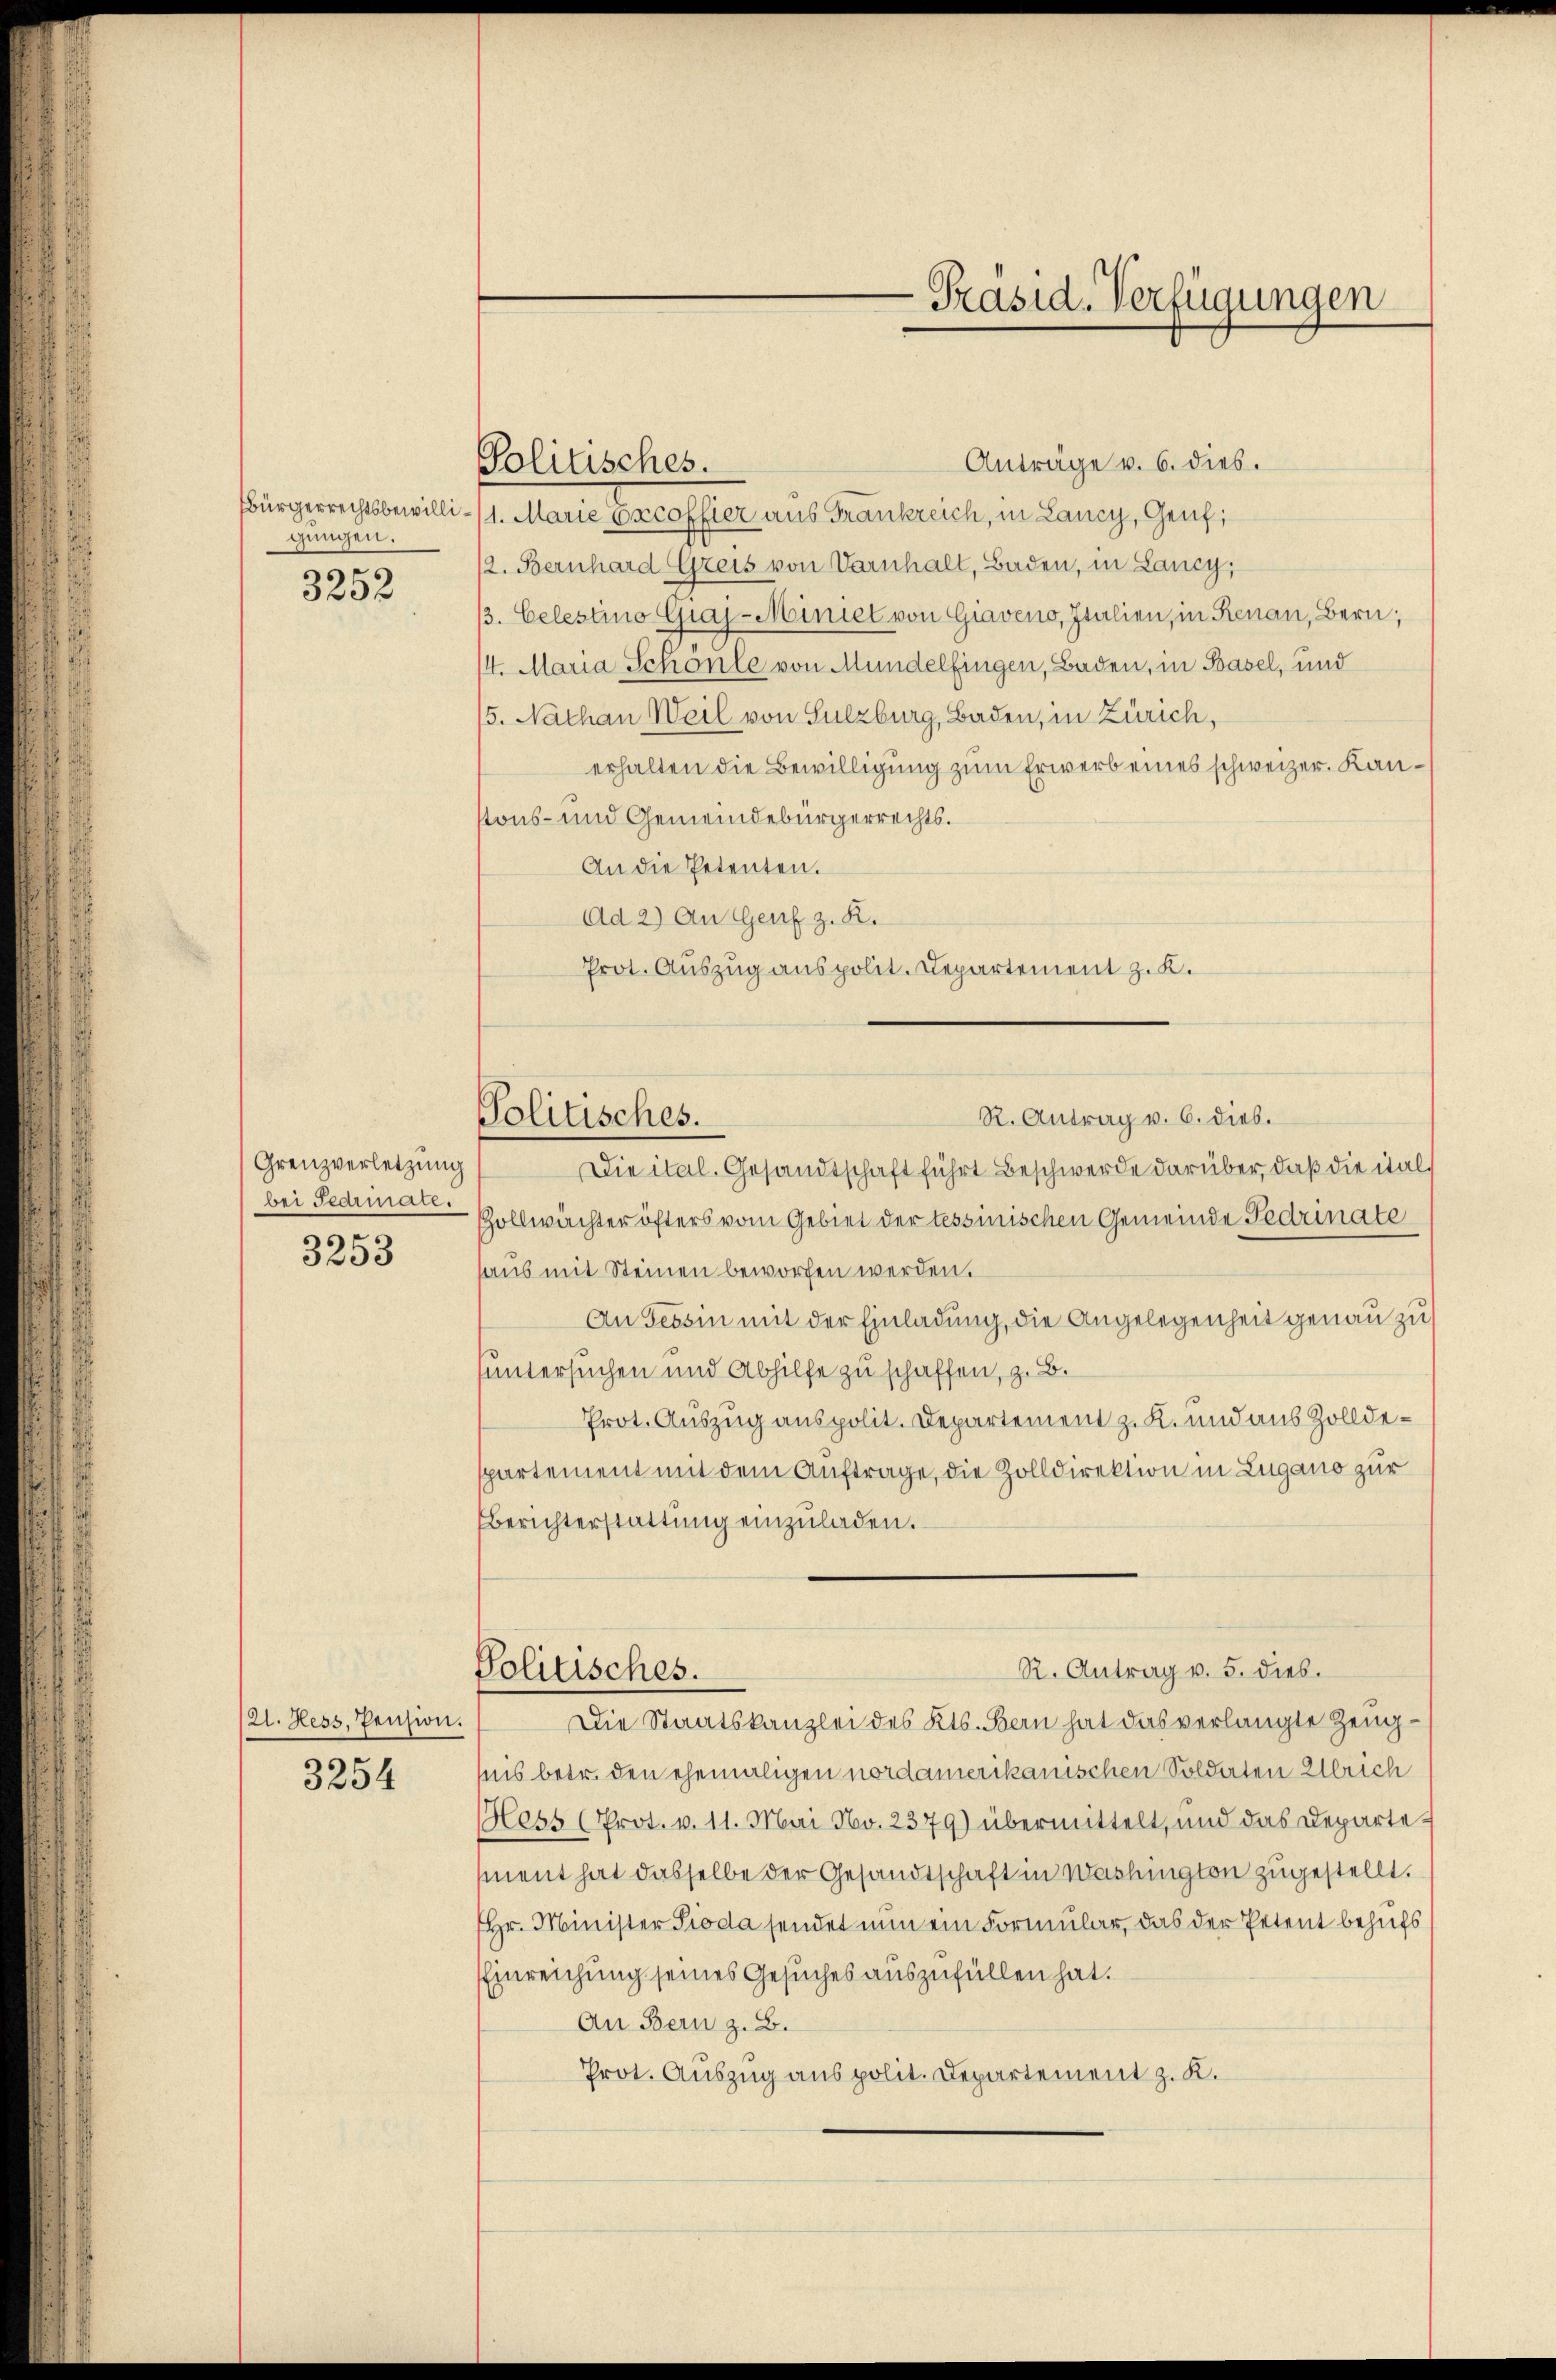
gungen.
ger

3200

Grenzverletzung
3253

(21. Hess, Pension.

3254

Politisches.

Anträge v. 6. dies.
bürgerrechtsbewilli - (1. Marie excoffier aus Frankreich, in Lancy, Genf;
2. Bernhard Greis von Varnhalt, Baden, in Lancy,
3. Celestino Graz-Miniel von Giaveno, Italien, in Renau, Bern;
14. Maria Schönle von Mündelfingen, Baden, in Basel, und
5. Nathan Weil von Sulzburg, Baden, in Zürich,
erhalten die Bewilligung zum Erwerb eines schweizer. Kanstons- und Gemeindebürgerrechts.
An die Petenten.
Ad 2) An Genf z. B.
Prot. Auszug aus polit. Departement z. K.

bei Fedimen-Zollwächter öfters vom Gebiet der tessinischen Gemeinde Fedrinate
haus mit Steinen beworfen werden.
An Tessin mit der Einladung, die Angelegenheit genau zu
suntersuchen und Abhilfe zu schaffen, z. B.
Prot. Auszug anspolit. Departement z. K. und aus Zolldespartement mit dem Auftrage, die Zolldirektion in Zugano zur
Berichterstattŭng einzŭladen.

iis betr. den ehemaligen nordamerikanischen Soldaten Ulrich
Hess (Prot. v. 11. Mai No. 2379) übermittelt, und das Departement hat dasselbe der Gesandtschaft in Washington zugestellt.
Hr. Minister Pioda sendet nun ein Formular, das der Petent behufs
Einreichung seines Gesuches auszufüllen hat.
An Bern z. B.
Prot. Auszug aus polit. Departement z. K.

Präsid. Verfügungen

R. Antrag v. 6. dieb.
Politisches.
Die ital. Gesandtschaft führt Beschwerde darüber, daß die ital¬

R. Antrag v. 5. dies.
Politisches.
Die Staatskanzlei des Kts. Bern hat das verlangte Zeug¬